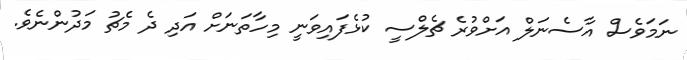
ނަމަވެސް އާސެނަލް އަށްވުރެ ޗެލްސީ ކުޅެފައިވަނީ މިހާތަނަށް އަދި ދެ މެޗު މަދުންނެވެ.